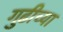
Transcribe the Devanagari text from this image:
गुढीच्या